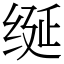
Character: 𫄧